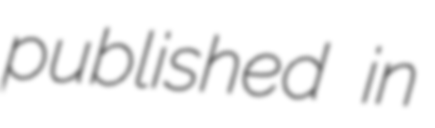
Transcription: published in